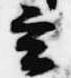
玄